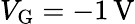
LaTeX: V_{\mathrm{G}}=-1\, \mathrm{V}